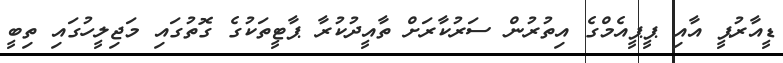
ޑީއާރުޕީ އާއި ޕީޕީއެމްގެ އިތުރުން ސަރުކާރަށް ތާއީދުކުރާ ޕާޓީތަކުގެ ގޮތުގައި މަޖިލީހުގައި ތިބީ